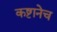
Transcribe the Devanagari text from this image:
कष्टानेच